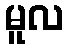
မူလ